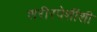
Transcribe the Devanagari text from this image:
शरीरपेशींशी